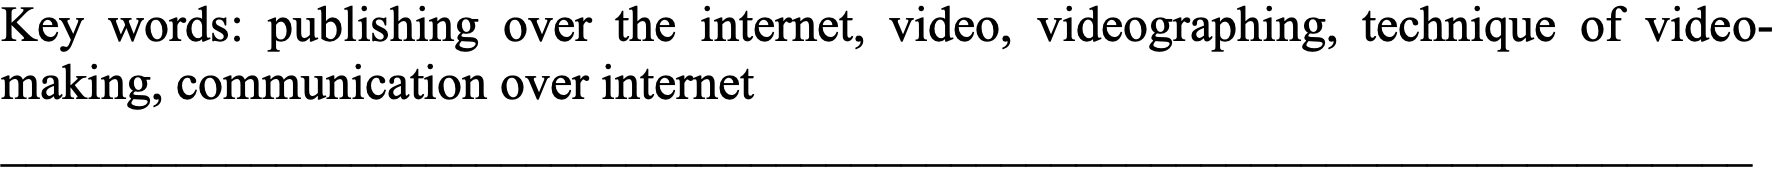
Key words: publishing over the internet, video, videographing, technique of video- making, communication over internet ______________________________________________________________________